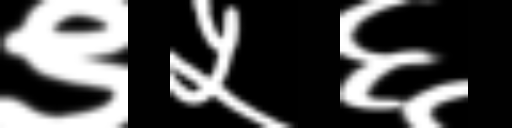
Text: ९५६